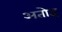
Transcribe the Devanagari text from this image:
अतोइ